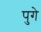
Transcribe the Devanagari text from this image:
पुगे